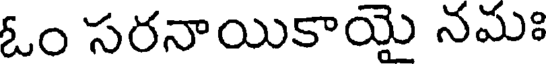
ఓం సరనాయికాయై నమః